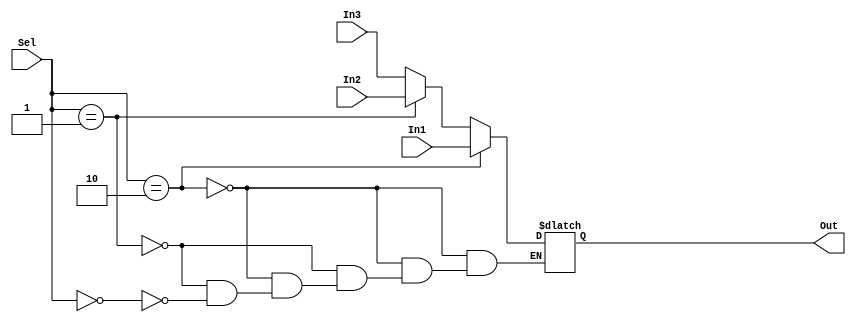
`timescale 1ns / 1ps

module Mux_3x1 #(parameter AWL = 6, DWL = 32, DEPTH = 2**AWL)
                (input [DWL-1:0] In1, In2, In3,
                 input [AWL-5:0] Sel,
                 output reg [DWL-1:0] Out);
                 
    always @ (*) begin
        if (Sel == 2'b10)
            Out = In1;
        else if (Sel == 2'b01)
            Out = In2;
        else if (Sel == 2'b00)
            Out = In3;
    end             
                 
endmodule